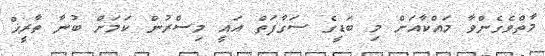
މާތްވެގެންވާ މައްކާއަށް މި ބަޑީގެ ސަގާފަތް އައީ މިސްރުން ކަމަށް ބުނާ ތާރީޚް